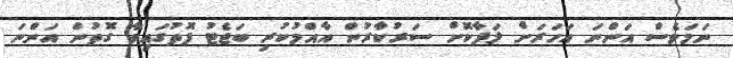
ނަމަވެސް އަންނަ އަހަރަށް ލަފާކޮށް ސަރުކާރުން އާއްމުކުރި ބަޖެޓު ފޮތުގައިވާ ގޮތުން އަންނަ